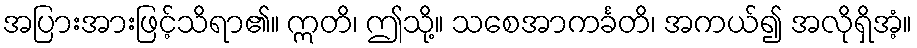
အပြားအားဖြင့်သိရာ၏။ ဣတိ၊ ဤသို့။ သစေအာကင်္ခတိ၊ အကယ်၍ အလိုရှိအံ့။